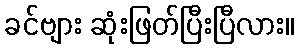
ခင်ဗျား ဆုံးဖြတ်ပြီးပြီလား။